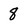
Character: 8